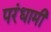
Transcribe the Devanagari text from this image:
परंधामी